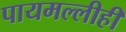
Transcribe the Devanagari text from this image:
पायमल्लीही